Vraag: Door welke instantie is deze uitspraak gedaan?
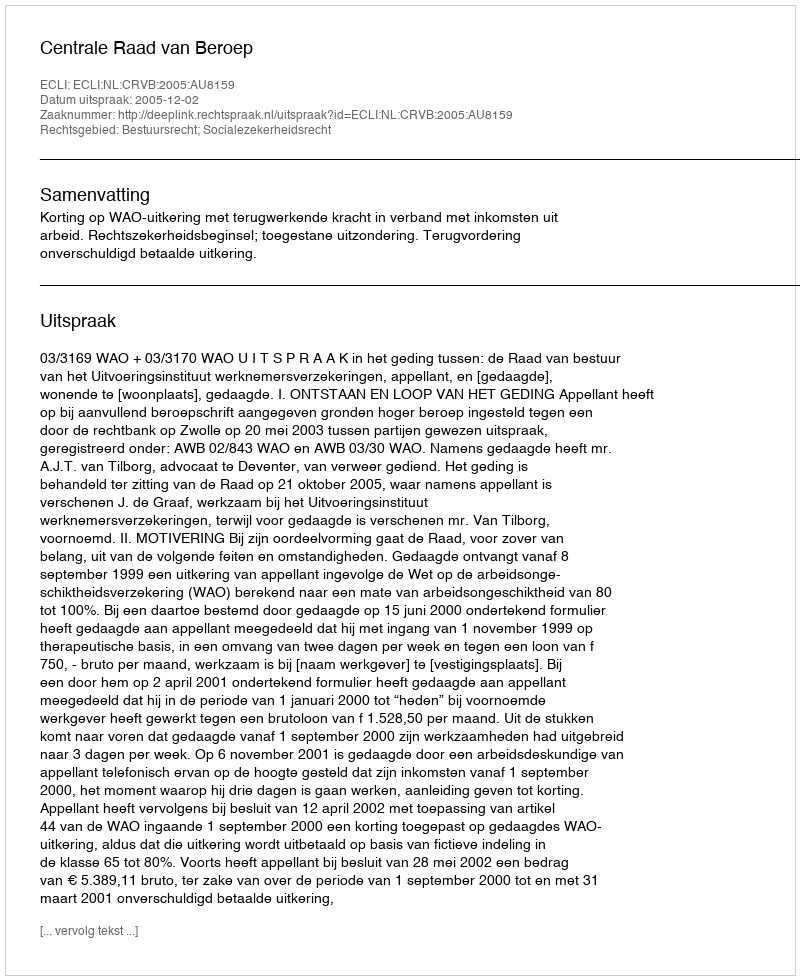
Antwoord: Centrale Raad van Beroep